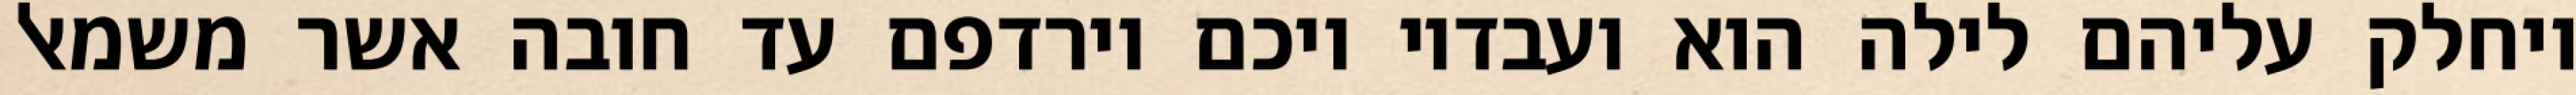
ויחלק עליהם לילה הוא ועבדיו ויכם וירדפם עד חובה אשר משמאל